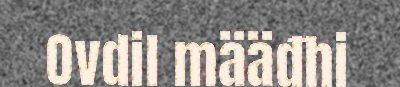
Ovdil määđhi